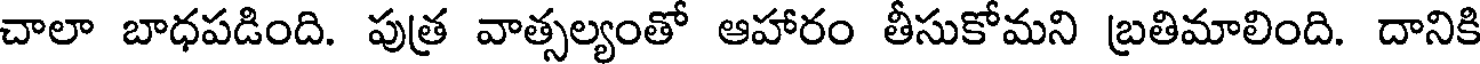
చాలా బాధపడింది. పుత్ర వాత్సల్యంతో ఆహారం తీసుకోమని బ్రతిమాలింది. దానికి